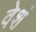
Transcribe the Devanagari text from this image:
वेशं